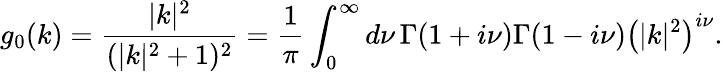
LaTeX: g_{0}(k)=\frac{|k|^{2}}{(|k|^{2}+1)^{2}}=\frac{1}{\pi}\int_{0}^{\infty}d\nu\, \Gamma(1+i\nu)\Gamma(1-i\nu)\left(|k|^{2}\right)^{i\nu}.